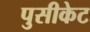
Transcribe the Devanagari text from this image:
पुसीकेट